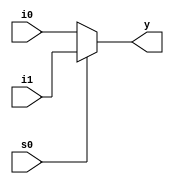
module mux21(input i0,i1,s0, output y);
assign y=s0?i1:i0;
endmodule